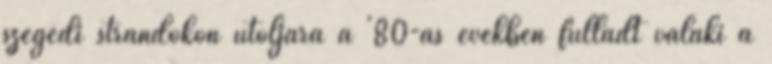
szegedi strandokon utoljára a '80-as években fulladt valaki a